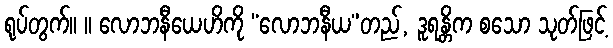
ရုပ်တွက်။ ။ လောဘနီယေဟိကို “လောဘနီယ”တည်, ဒူရန္တိက စသော သုတ်ဖြင့်